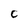
Character: C